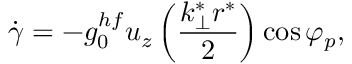
\dot { \gamma } = - g _ { 0 } ^ { h f } u _ { z } \left( \frac { k _ { \perp } ^ { * } r ^ { * } } { 2 } \right) \cos \varphi _ { p } ,